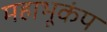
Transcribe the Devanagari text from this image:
महाभूकंप